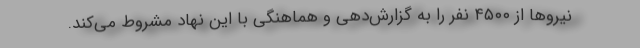
نیروها از ۴۵۰۰ نفر را به گزارش‌دهی و هماهنگی با این نهاد مشروط می‌کند.